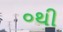
૦થી